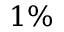
1 \%